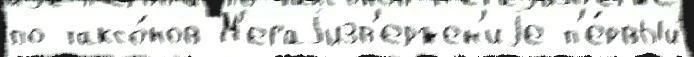
по таксо́нов М'егаjизв'ержен'иjе п'е́рвый